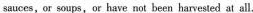
sauces,or soups,or have not been harvoted at all,